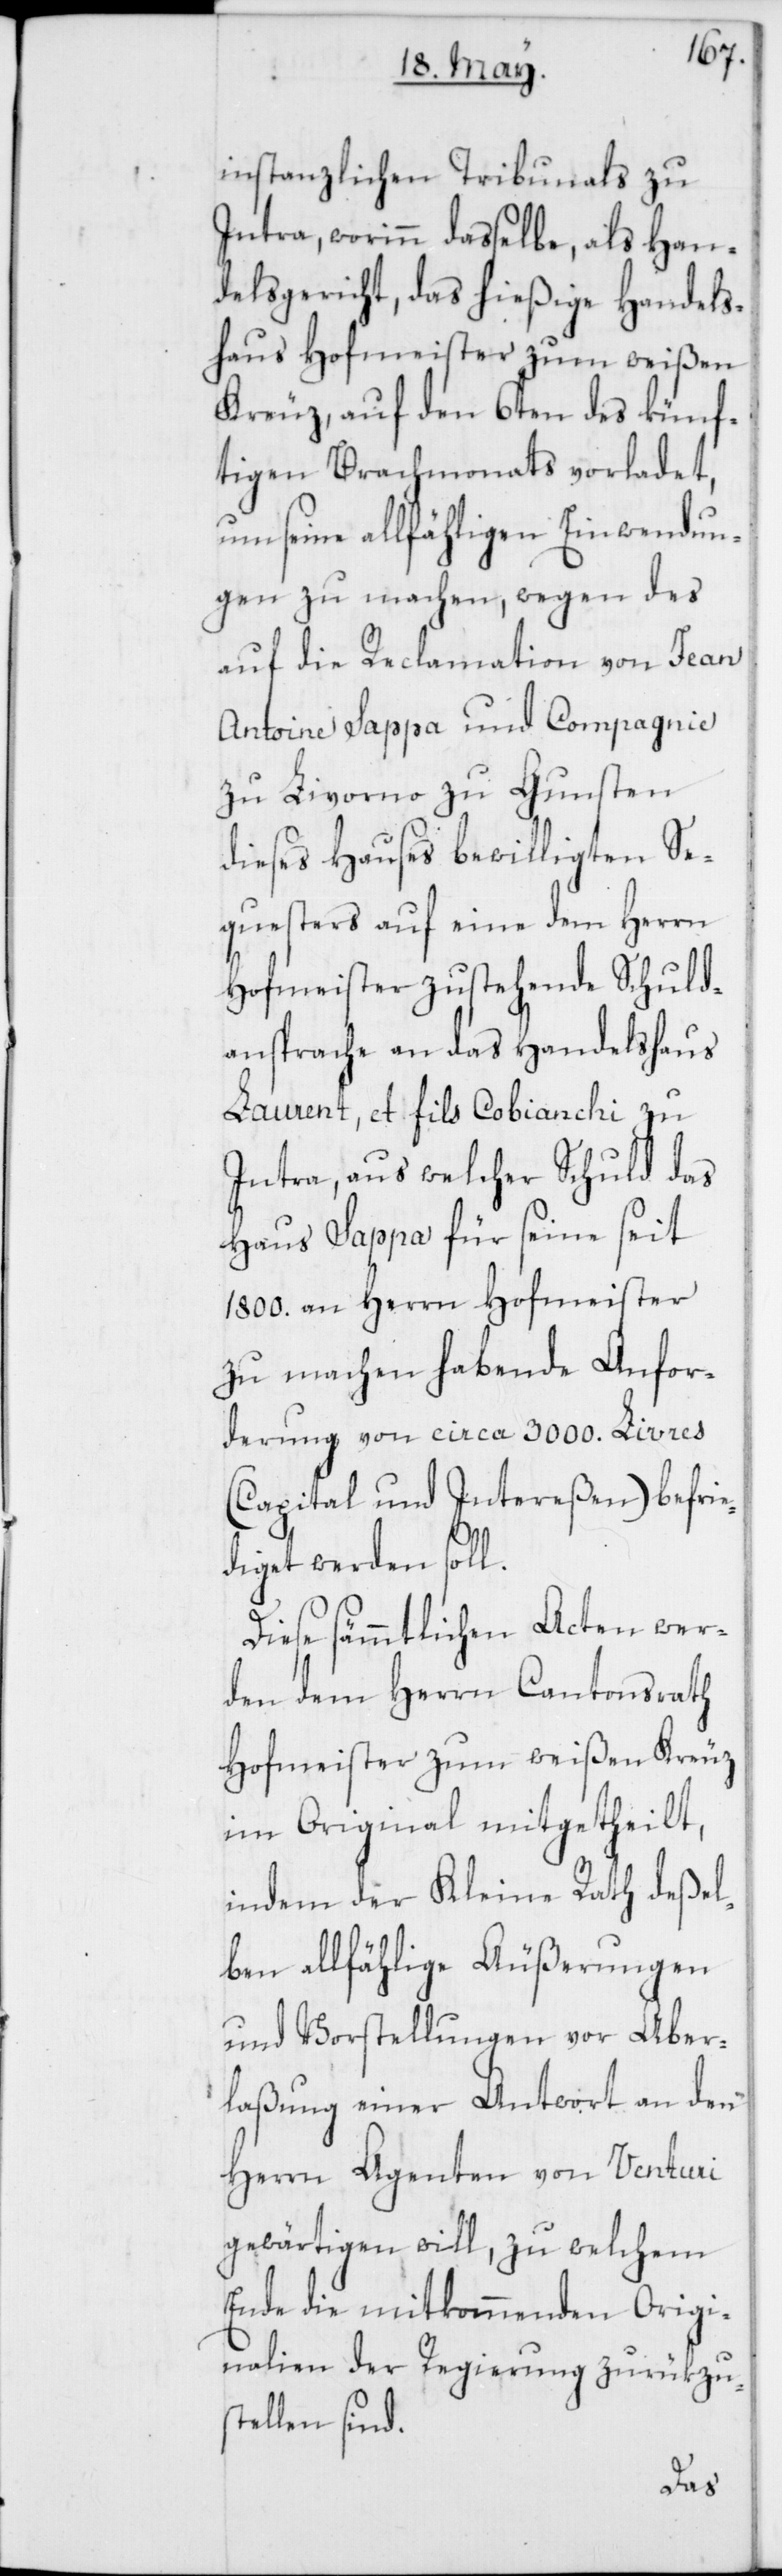
instanzlichen Tribunals zu
Intra, worinn daßelbe, als Han¬
delsgericht, das hießige Handels¬
haus Hofmeister zum weißen
Kreuz, auf den 6ten des künf¬
tigen Brachmonats vorladet,
um seine allfälligen Einwendun¬
gen zu machen, wegen des
auf die Reclamation von Jean
Antoine Sappa und Compagnie
zu Livorno zu Gunsten
dieses Hauses bewilligten Se¬
questers auf eine dem Herrn
Hofmeister zustehende Schuld¬
ansprache an das Handelshaus
Laurent, et fils Cobianchi zu
Intra, aus welcher Schuld das
Haus Sappa für seine seit
1800. an Herrn Hofmeister
zu machen habende Anfor¬
derung von circa 3000. Livres
(Capital und Intereßen) befrie¬
diget werden soll.
Diese sämmtlichen Acten wer¬
den dem Herrn Cantonsrath
Hofmeister zum weißen Kreuz
im Original mitgetheilt,
indem der Kleine Rath deßel¬
ben allfählige Äußerungen
und Vorstellungen vor Aber¬
laßung einer Antwort an den
Herrn Agenten von Venturi
gewärtigen will, zu welchem
Ende die mitkommenden Origi¬
nalien der Regierung zurükzu¬
stellen sind.